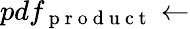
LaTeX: pdf_{\mathrm{~p~r~o~d~u~c~t~}}\leftarrow